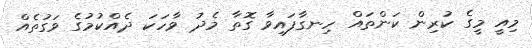
މިއީ މީގެ ކުރިން ކަންތައް ހިނގާފައިވާ ގޮތާ މެދު ވާހަކަ ދެއްކުމުގެ ވަގުތެއް